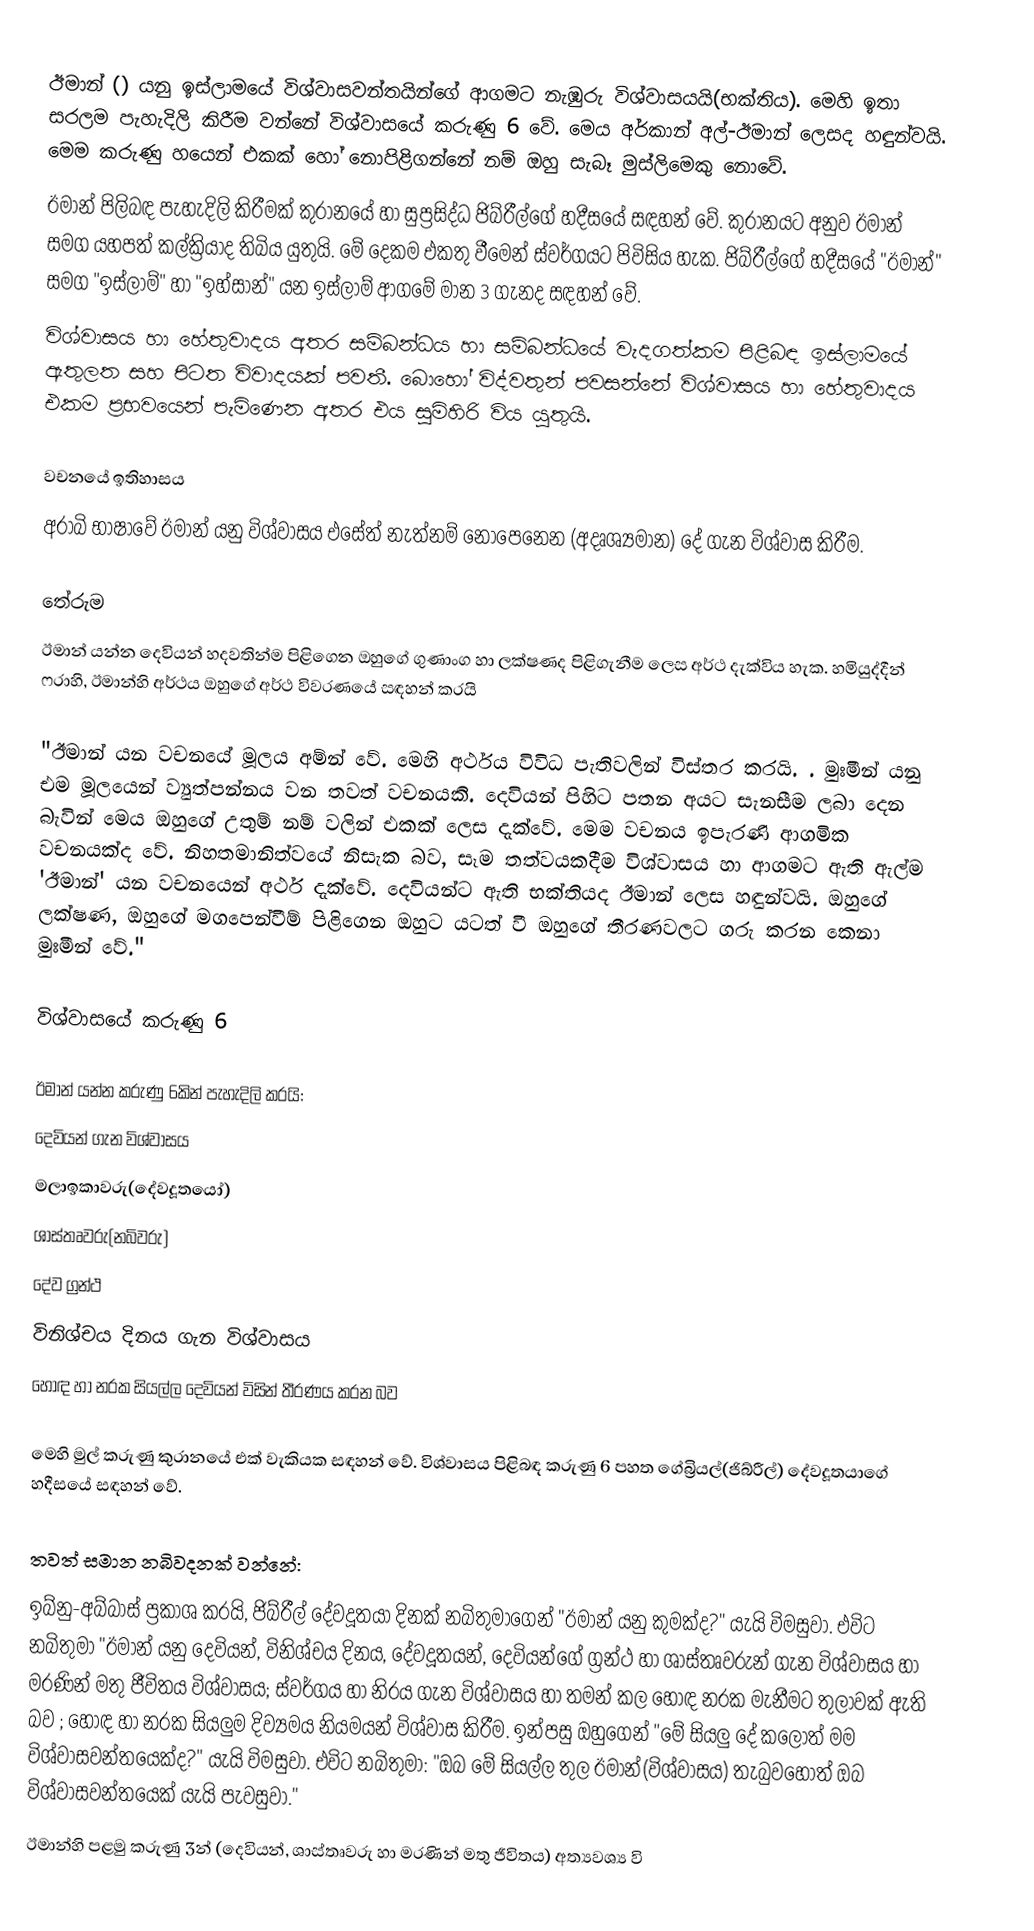
ඊමාන් () යනු ඉස්ලාමයේ විශ්වාසවන්තයින්ගේ ආගමට නැඹුරු විශ්වාසයයි(භක්තිය). මෙහි ඉතා සරලම පැහැදිලි කිරීම වන්නේ විශ්වාසයේ කරුණු 6 වේ.  මෙය අර්කාන් අල්-ඊමාන් ලෙසද හඳුන්වයි. මෙම කරුණු හයෙන් එකක් හෝ නොපිළිගන්නේ නම් ඔහු සැබෑ මුස්ලිමෙකු නොවේ.
ඊමාන් පිලිබඳ පැහැදිලි කිරීමක් කුරානයේ හා සුප්‍රසිද්ධ ජිබ්රීල්ගේ හදීසයේ සඳහන් වේ. කුරානයට අනුව ඊමාන් සමග යහපත් කල්ක්‍රියාද තිබිය යුතුයි. මේ දෙකම එකතු වීමෙන් ස්වර්ගයට පිවිසිය හැක. ජිබ්රීල්ගේ හදීසයේ "ඊමාන්" සමග "ඉස්ලාම්" හා "ඉහ්සාන්" යන ඉස්ලාම් ආගමේ මාන 3 ගැනද සඳහන් වේ.
විශ්වාසය හා හේතුවාදය අතර සම්බන්ධය හා සම්බන්ධයේ වැදගත්කම  පිළිබඳ ඉස්ලාමයේ ඇතුලත සහ පිටත විවාදයක් පවතී. බොහෝ විද්වතුන් පවසන්නේ විශ්වාසය හා හේතුවාදය එකම ප්‍රභවයෙන් පැමිණෙන අතර එය සුමිහිරි විය යුතුයි.

වචනයේ ඉතිහාසය
අරාබි භාෂාවේ ඊමාන් යනු විශ්වාසය එසේත් නැත්නම් නොපෙනෙන (අදෘශ්‍යමාන) දේ ගැන විශ්වාස කිරීම.

තේරුම
ඊමාන් යන්න දෙවියන් හදවතින්ම පිළිගෙන ඔහුගේ ගුණාංග හා ලක්ෂණද  පිළිගැනීම ලෙස අර්ථ දැක්විය හැක. හමියුද්දීන් ෆරාහි, ඊමාන්හි අර්ථය ඔහුගේ අර්ථ විවරණයේ සඳහන් කරයි

"ඊමාන් යන වචනයේ මූලය අම්න් වේ. මෙහි අර්ථය විවිධ පැතිවලින් විස්තර කරයි. .  මුඃමීන් යනු එම මූලයෙන් ව්‍යුත්පන්නය වන තවත් වචනයකි. දෙවියන් පිහිට පතන අයට සැනසීම ලබා දෙන බැවින් මෙය ඔහුගේ උතුම් නම් වලින් එකක් ලෙස දැක්වේ. මෙම වචනය ඉපැරණි ආගමික වචනයක්ද වේ. නිහතමානිත්වයේ නිසැක බව, සෑම තත්වයකදීම විශ්වාසය හා  ආගමට ඇති ඇල්ම 'ඊමාන්' යන වචනයෙන් අර්ථ දැක්වේ. දෙවියන්ට ඇති භක්තියද ඊමාන් ලෙස හඳුන්වයි. ඔහුගේ ලක්ෂණ, ඔහුගේ මගපෙන්වීම් පිළිගෙන ඔහුට යටත් වී ඔහුගේ තීරණවලට ගරු කරන කෙනා මුඃමීන් වේ."

විශ්වාසයේ කරුණු 6

ඊමාන් යන්න කරුණු 6කින් පැහැදිලි කරයි:
 දෙවියන් ගැන විශ්වාසය
 මලාඉකාවරු(දේවදූතයෝ)
 ශාස්තෘවරු(නබිවරු)
 දේව ග්‍රන්ථ
 විනිශ්චය දිනය ගැන විශ්වාසය
 හොඳ හා නරක සියල්ල දෙවියන් විසින් තීරණය කරන බව

මෙහි මුල් කරුණු කුරානයේ එක් වැකියක සඳහන් වේ.  විශ්වාසය පිළිබඳ කරුණු 6 පහත ගේබ්‍රියල්(ජිබ්රීල්) දේවදූතයාගේ හදීසයේ සඳහන් වේ.

තවත් සමාන නබිවදනක් වන්නේ:
ඉබ්නු-අබ්බාස් ප්‍රකාශ කරයි, ජිබ්රීල් දේවදූතයා දිනක් නබිතුමාගෙන් "ඊමාන් යනු කුමක්ද?" යැයි විමසුවා. එවිට නබිතුමා "ඊමාන්  යනු දෙවියන්, විනිශ්චය දිනය, දේවදූතයන්, දෙවියන්ගේ ග්‍රන්ථ හා ශාස්තෘවරුන් ගැන විශ්වාසය හා මරණින් මතු ජීවිතය විශ්වාසය; ස්වර්ගය හා නිරය ගැන විශ්වාසය හා තමන් කල හොඳ නරක මැනීමට තුලාවක් ඇති බව ; හොඳ හා නරක සියලුම  දිව්‍යමය නියමයන් විශ්වාස කිරීම. ඉන්පසු ඔහුගෙන් "මේ සියලු දේ කලොත් මම විශ්වාසවන්තයෙක්ද?" යැයි විමසුවා. එවිට නබිතුමා: "ඔබ මේ සියල්ල තුල ඊමාන්(විශ්වාසය) තැබුවහොත් ඔබ විශ්වාසවන්තයෙක් යැයි පැවසුවා."
ඊමාන්හි පළමු කරුණු 3න් (දෙවියන්, ශාස්තෘවරු හා මරණින් මතු ජීවිතය) අත්‍යවශ්‍ය වි